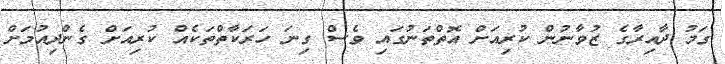
ގަމު ދާއިރާގެ ޒުވާނުން ކުރިއަށް އޮތްތަނުގައި ވެސް ގިނަ ހަރަކާތްތަކެއް ކުރިއަށް ގެންދިއުމަށް